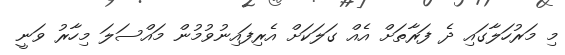
މި މަރުހަލާގައި ދެ ފަރާތަށް އެއް ގަލަކަށް އެރިފައިނުވުމުން މައްސަލަ މިހާރު ވަނީ